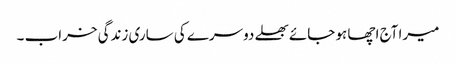
میرا آج اچھا ہو جائے بھلے دوسرے کی ساری زندگی خراب ۔